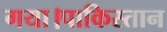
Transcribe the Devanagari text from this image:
गया।पाकिस्तान